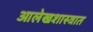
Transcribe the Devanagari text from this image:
आलेखशास्त्रात